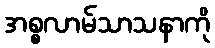
အစ္စလာမ်သာသနာကို